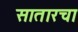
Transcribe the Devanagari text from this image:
सातारचा